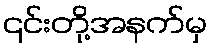
၎င်းတို့အနက်မှ